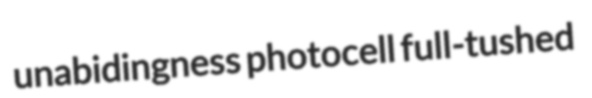
unabidingness photocell full-tushed